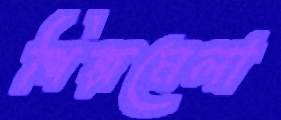
শিল্পমেলা